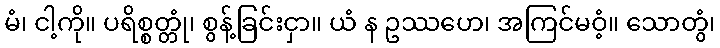
မံ၊ ငါ့ကို။ ပရိစ္စတ္တုံ၊ စွန့်ခြင်းငှာ။ ယံ န ဥဿဟေ၊ အကြင်မဝံ့။ သောတွံ၊